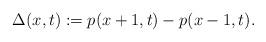
LaTeX: \begin{align*}\Delta(x,t) := p(x+1,t) - p(x-1,t).\end{align*}